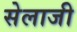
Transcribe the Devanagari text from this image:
सेलाजी